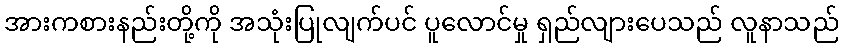
အားကစားနည်းတို့ကို အသုံးပြုလျက်ပင် ပူလောင်မှု ရှည်လျားပေသည် လူနာသည်